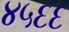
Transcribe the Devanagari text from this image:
४५६६